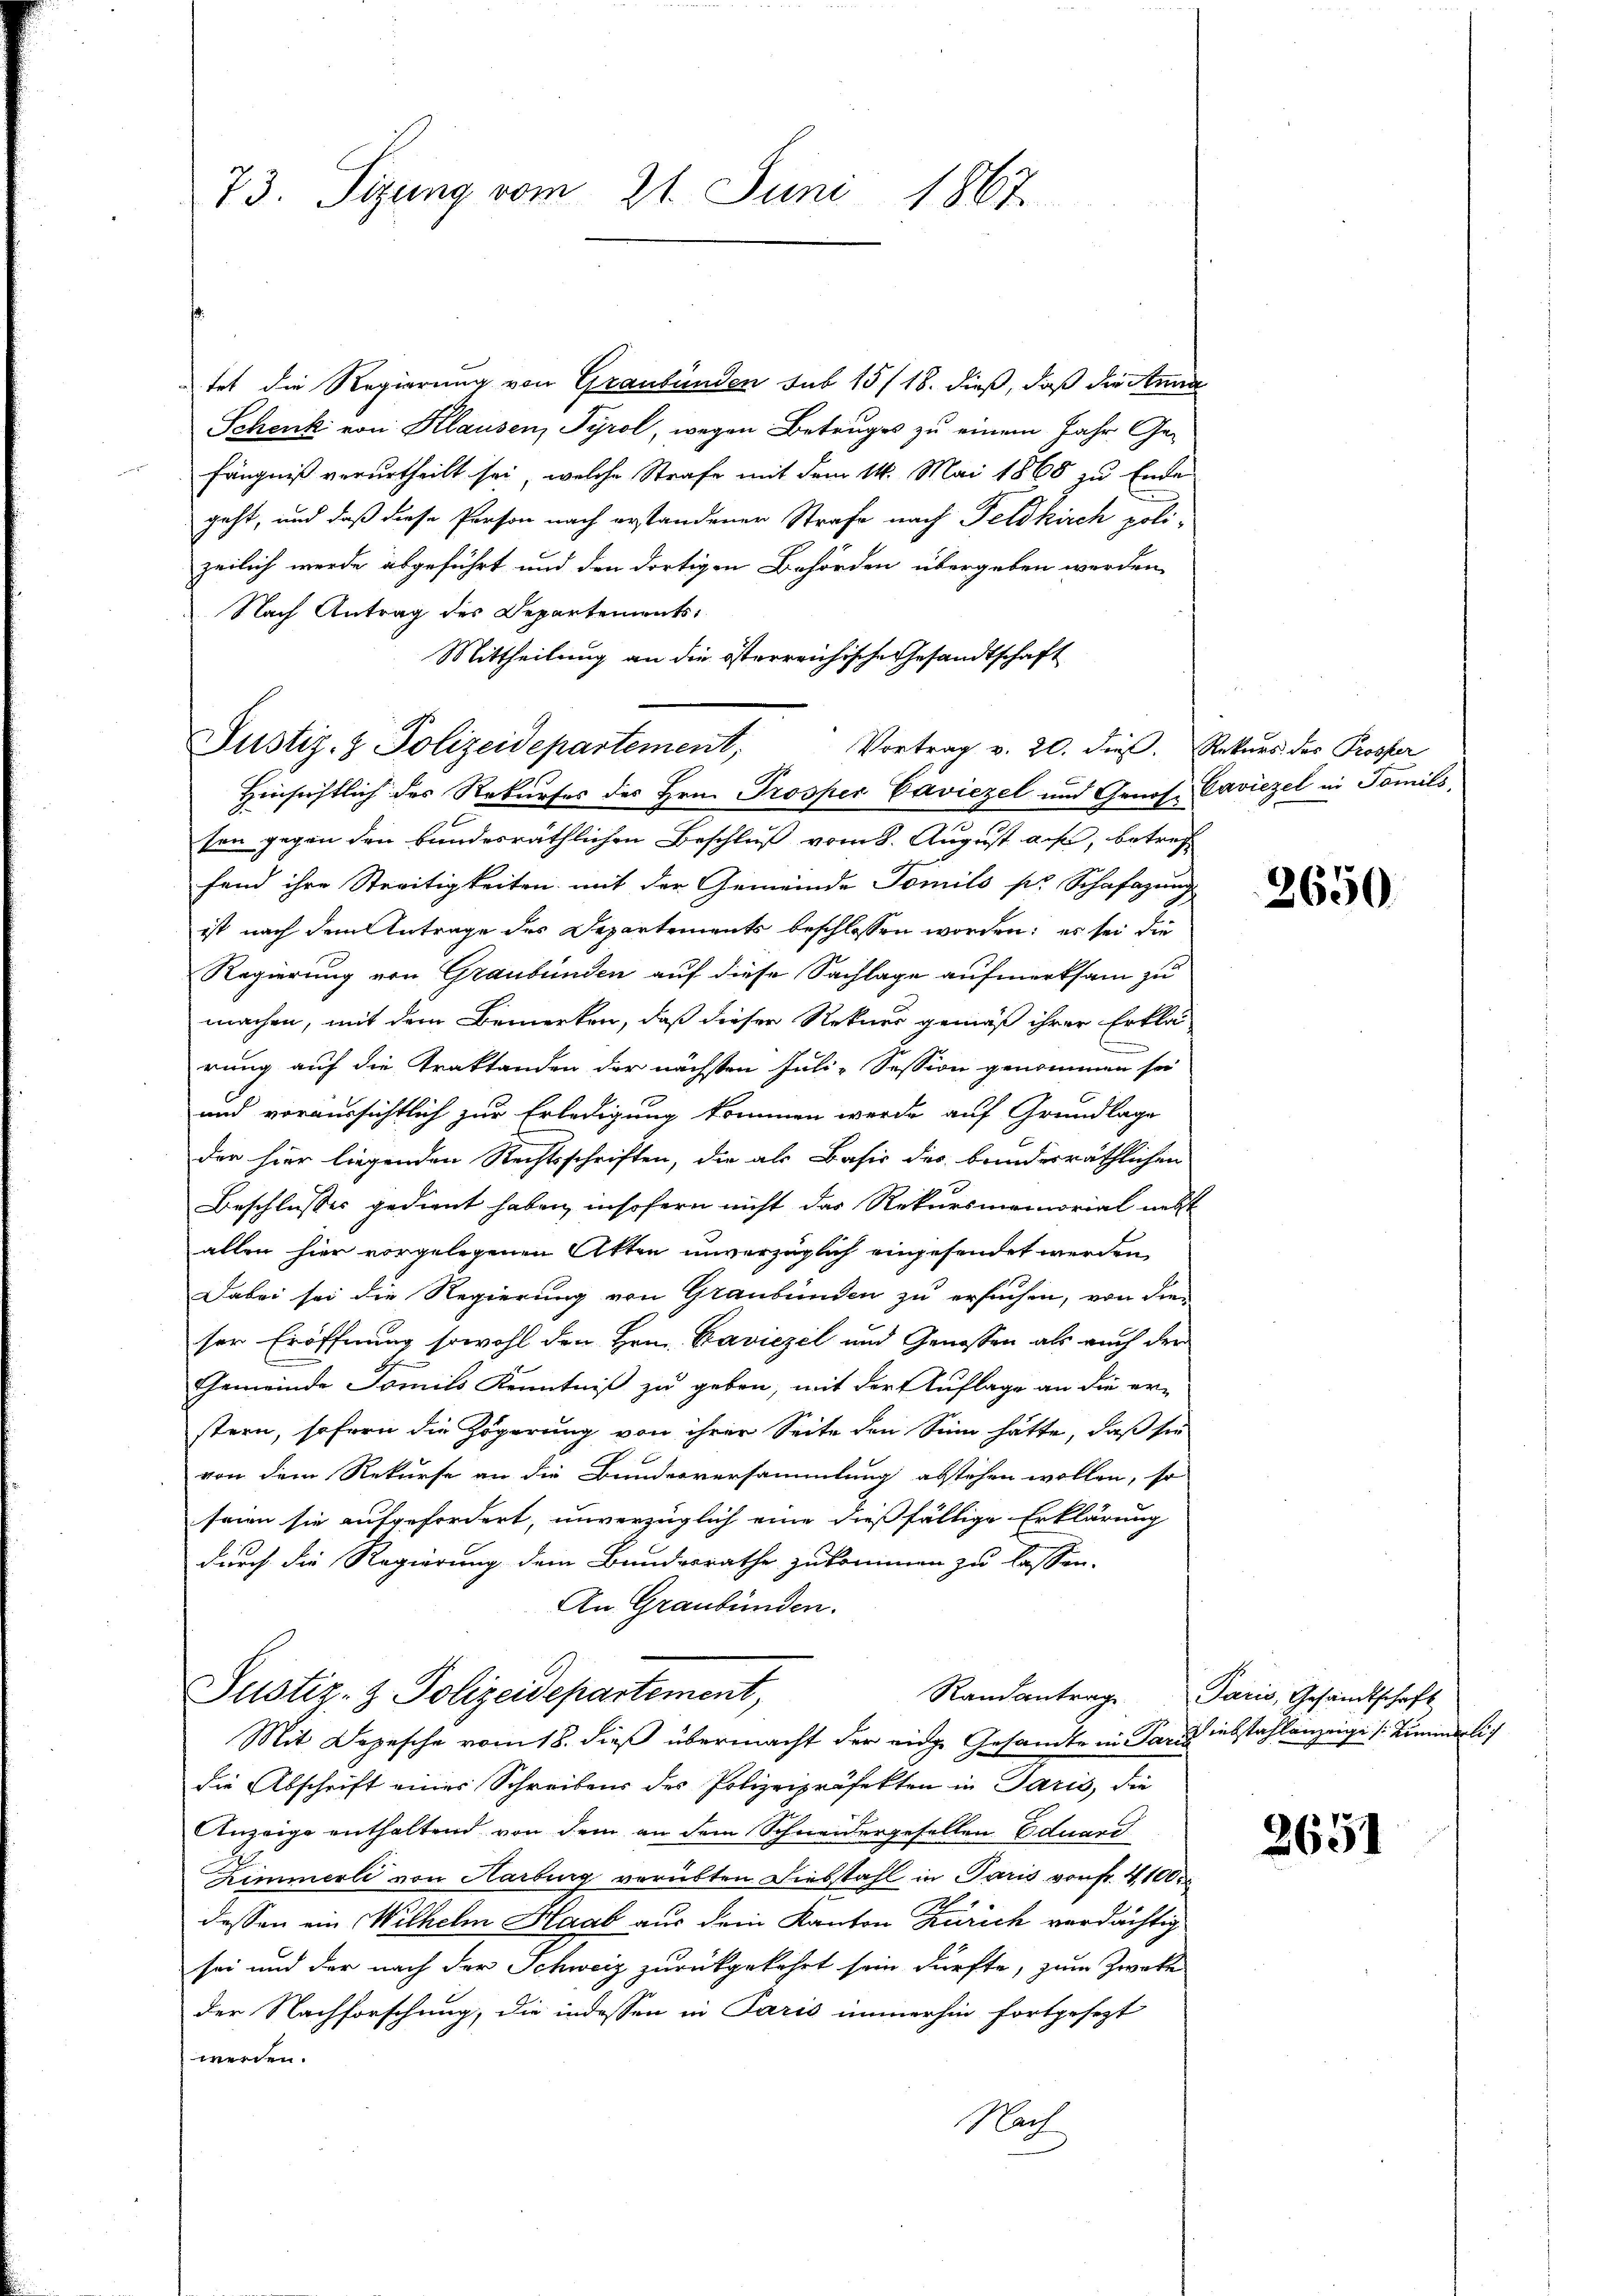
73. Sizung vom 21. Juni 1867.

tet die Regierung von Graubünden sub 15/18. dieß, daß die Anna
Schenk von Klausen, Tyrol, wegen Betruges zu einem Jahr Gefängniß verurtheilt sei, welche Strafe mit dem 14. Mai 1865 zu Ende
geht, und daß diese Person nach erstandener Strafe nach Feldkirch poli-
zeilich werde abgeführt und den dortigen Behörden übergeben werden,
Nach Antrag des Departements¬
Mittheilung an die österreichische Gesandtschaft
Hinsichtlich des Rekurses des Hrn. Prosper Caviezel und Genos-Caviezel in Tomils,
sen gegen den bundesräthlichen Beschluß vom 8. August auf, betref
fand ihre Streitigkeiten mit der Gemeinde Tomilo sr Schafazung
ist nach dem Antrage des Departements beschlossen worden; es sei die
Regierung von Graubünden auf diese Sachlage aufmerksam zu
machen, mit dem Bemerken, daß dieser Rekurs gemäß ihrer Erklä
rung auf die Traktanden der nächsten Juli-Session genommen sei
und voraussichtlich zur Erledigung kommen werde auf Grundlage
der hier liegenden Rechtsschriften, die als Basis des bundesräthlichen
Beschlusses gedient haben, insofern nicht das Rekursmemorial nebst
allen hier vorgelegenen Akten unverzüglich eingesendet werden,
Dabei sei die Regierung von Graubünden zu ersuchen, von die
ser Eröffnung sowohl den Hrn. Baviezel und Genossen als auch der
Gemeinde Famili Kenntniß zu geben, mit der Auflage an die er-
stern, sofern die Zögerung von ihrer Seite den Sinn hätte, daß sie
von dem Rekurse an die Bundesversammlung abstehen wollen, so
seien sie aufgefordert, unverzüglich eine dießfällige Erklärung
durch die Regierung dem Bundesrathe zukommen zu lassen.
An Graubünden.
Justiz- & Polizeidepartement,
Mit Depesche vom 18. dieß übermacht der eine Gesandte in Paradiebstahlenzeige (: Zimmerlich
die Abschrift einer Schreibens der Polizeipräfekten in Paris, die
Anzeige enthaltend von dem an dem Schneidergesellen Eduard
Zimmerli von Harburg verübten Diebstahl in Paris vorfr. 4100
dessen ein Wilhelm Haab aus dem Kanton Zürich verdächtig
sei und der nach der Schweiz zurückgekehrt sein dürfte, zum Zweke
der Nachforschung, die indessen in Paris immerhin fortgesezt
werden.
Nach

Justiz- & Polizeidepartement,

Vortrag v. 20. dieß. Rekurs des Prosper

Randantrag. Paris, Gesandtschaft

2650

2651